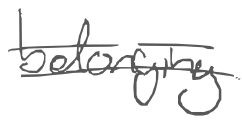
Text: belonging
Cross-out: double-line
Writing tool: digital_gray